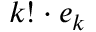
k ! \cdot e _ { k }